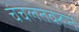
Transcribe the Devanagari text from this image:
चंचलतेवरून